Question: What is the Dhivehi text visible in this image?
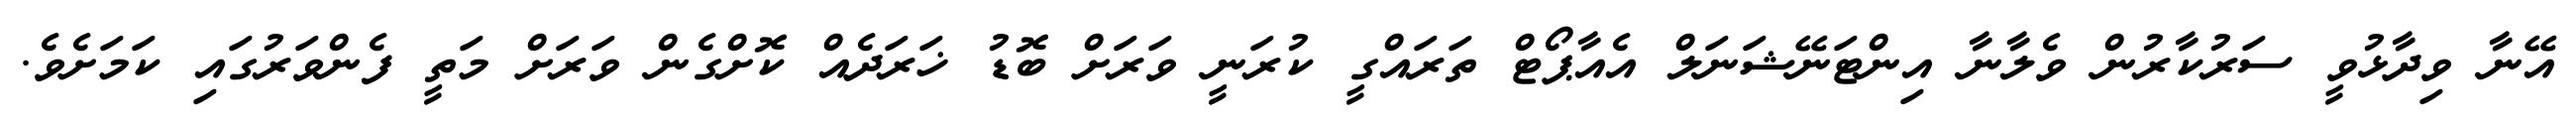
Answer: އޭނާ ވިދާޅުވީ ސަރުކާރުން ވެލާނާ އިންޓަނޭޝަނަލް އެއާޕޯޓް ތަރައްގީ ކުރަނީ ވަރަށް ބޮޑު ޚަރަދެއް ކޮށްގެން ވަރަށް މަތީ ފެންވަރުގައި ކަމަށެވެ.